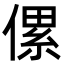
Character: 傫